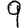
Digit: 9